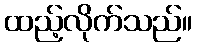
ထည့်လိုက်သည်။